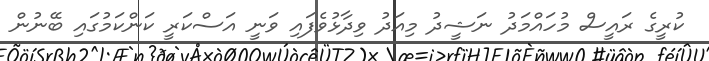
ކުރީގެ ރައީސް މުހައްމަދު ނަޝީދު މިއަދު ވިދާޅުވެފައި ވަނީ އަސްކަރީ ކަންކަމުގައި ބޭނުން